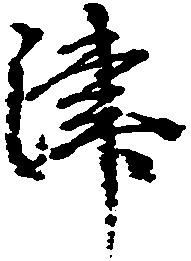
津